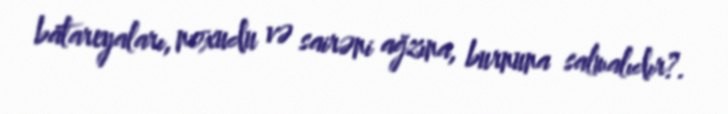
batareyaları, noxudu və sairəni ağzına, burnuna salmalıdır?.